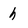
Character: h